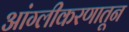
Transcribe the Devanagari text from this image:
आंग्लीकरणातून